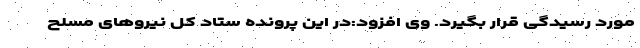
مورد رسیدگی قرار بگیرد. وی افزود:در این پرونده ستاد کل نیروهای مسلح